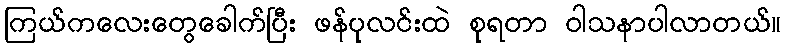
ကြယ်ကလေးတွေခေါက်ပြီး ဖန်ပုလင်းထဲ စုရတာ ဝါသနာပါလာတယ်။